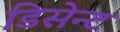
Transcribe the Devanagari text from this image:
डिसेन्ट